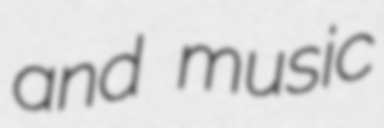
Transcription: and music